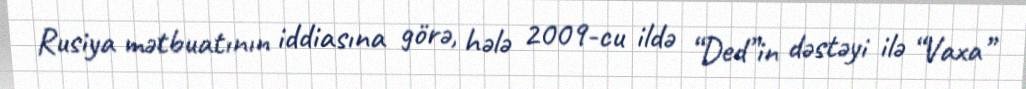
Rusiya mətbuatının iddiasına görə, hələ 2009-cu ildə “Ded”in dəstəyi ilə “Vaxa”